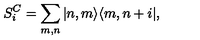
S _ { i } ^ { C } = \sum _ { m , n } ^ { } | n , m \rangle \langle m , n + i | ,